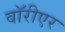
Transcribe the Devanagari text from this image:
वॉरीएर